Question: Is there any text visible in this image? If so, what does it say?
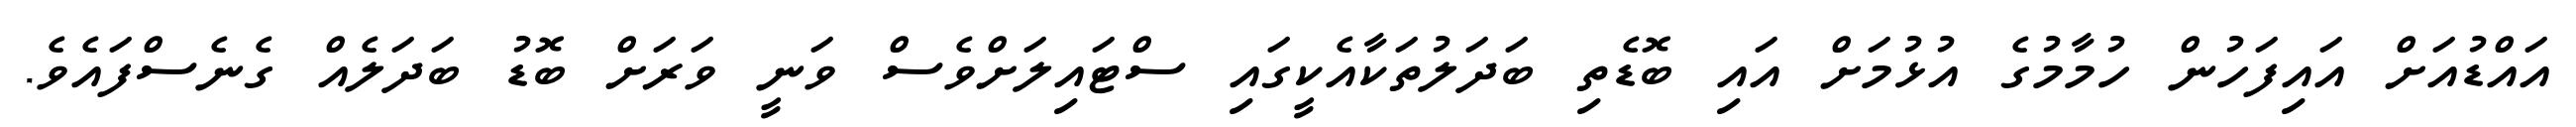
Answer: އައްޑުއަށް އައިފަހުން ހުމާމުގެ އުޅުމަށް އައި ބޮޑެތި ބަދަލުތަކާއެކީގައި ސްޓައިލަށްވެސް ވަނީ ވަރަށް ބޮޑު ބަދަލެއް ގެނެސްފައެވެ.